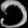
Digit: ၁